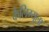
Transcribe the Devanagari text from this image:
कैलिग्युला